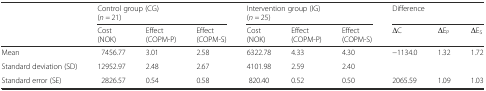
| <ROWSPAN=2>  | <COLSPAN=3> Control group (CG)(n = 21) | <COLSPAN=3> Intervention group (IG)(n = 25) | <COLSPAN=3> Difference |
 | Cost(NOK) | Effect(COPM-P) | Effect(COPM-S) | Cost(NOK) | Effect(COPM-P) | Effect(COPM-S) | ΔC | ΔEP | ΔES |
 | --- | --- | --- | --- | --- | --- | --- | --- | --- | --- |
 | Mean | 7456.77 | 3.01 | 2.58 | 6322.78 | 4.33 | 4.30 | −1134.0 | 1.32 | 1.72 |
 | Standard deviation (SD) | 12952.97 | 2.48 | 2.67 | 4101.98 | 2.59 | 2.40 | <COLSPAN=3>  |
 | Standard error (SE) | 2826.57 | 0.54 | 0.58 | 820.40 | 0.52 | 0.50 | 2065.59 | 1.09 | 1.03 |